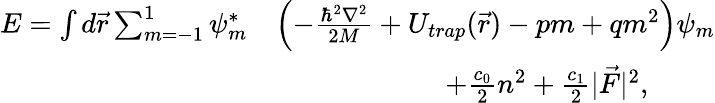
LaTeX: \begin{array}{rl}{E=\int d\vec{r}\sum_{m=-1}^{1}\psi_{m}^{*}}&{\left(-\frac{\hbar^{2}\nabla^{2}}{2M}+U_{trap}(\vec{r})-pm+qm^{2}\right)\psi_{m}}\\ &{\qquad\qquad\qquad+\frac{c_{0}}{2}n^{2}+\frac{c_{1}}{2}|\vec{F}|^{2},}\end{array}